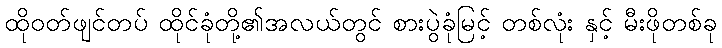
ထိုဝတ်ဖျင်တပ် ထိုင်ခုံတို့၏အလယ်တွင် စားပွဲခုံမြင့် တစ်လုံး နှင့် မီးဖိုတစ်ခု